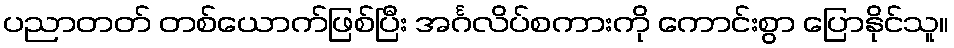
ပညာတတ် တစ်ယောက်ဖြစ်ပြီး အင်္ဂလိပ်စကားကို ကောင်းစွာ ပြောနိုင်သူ။